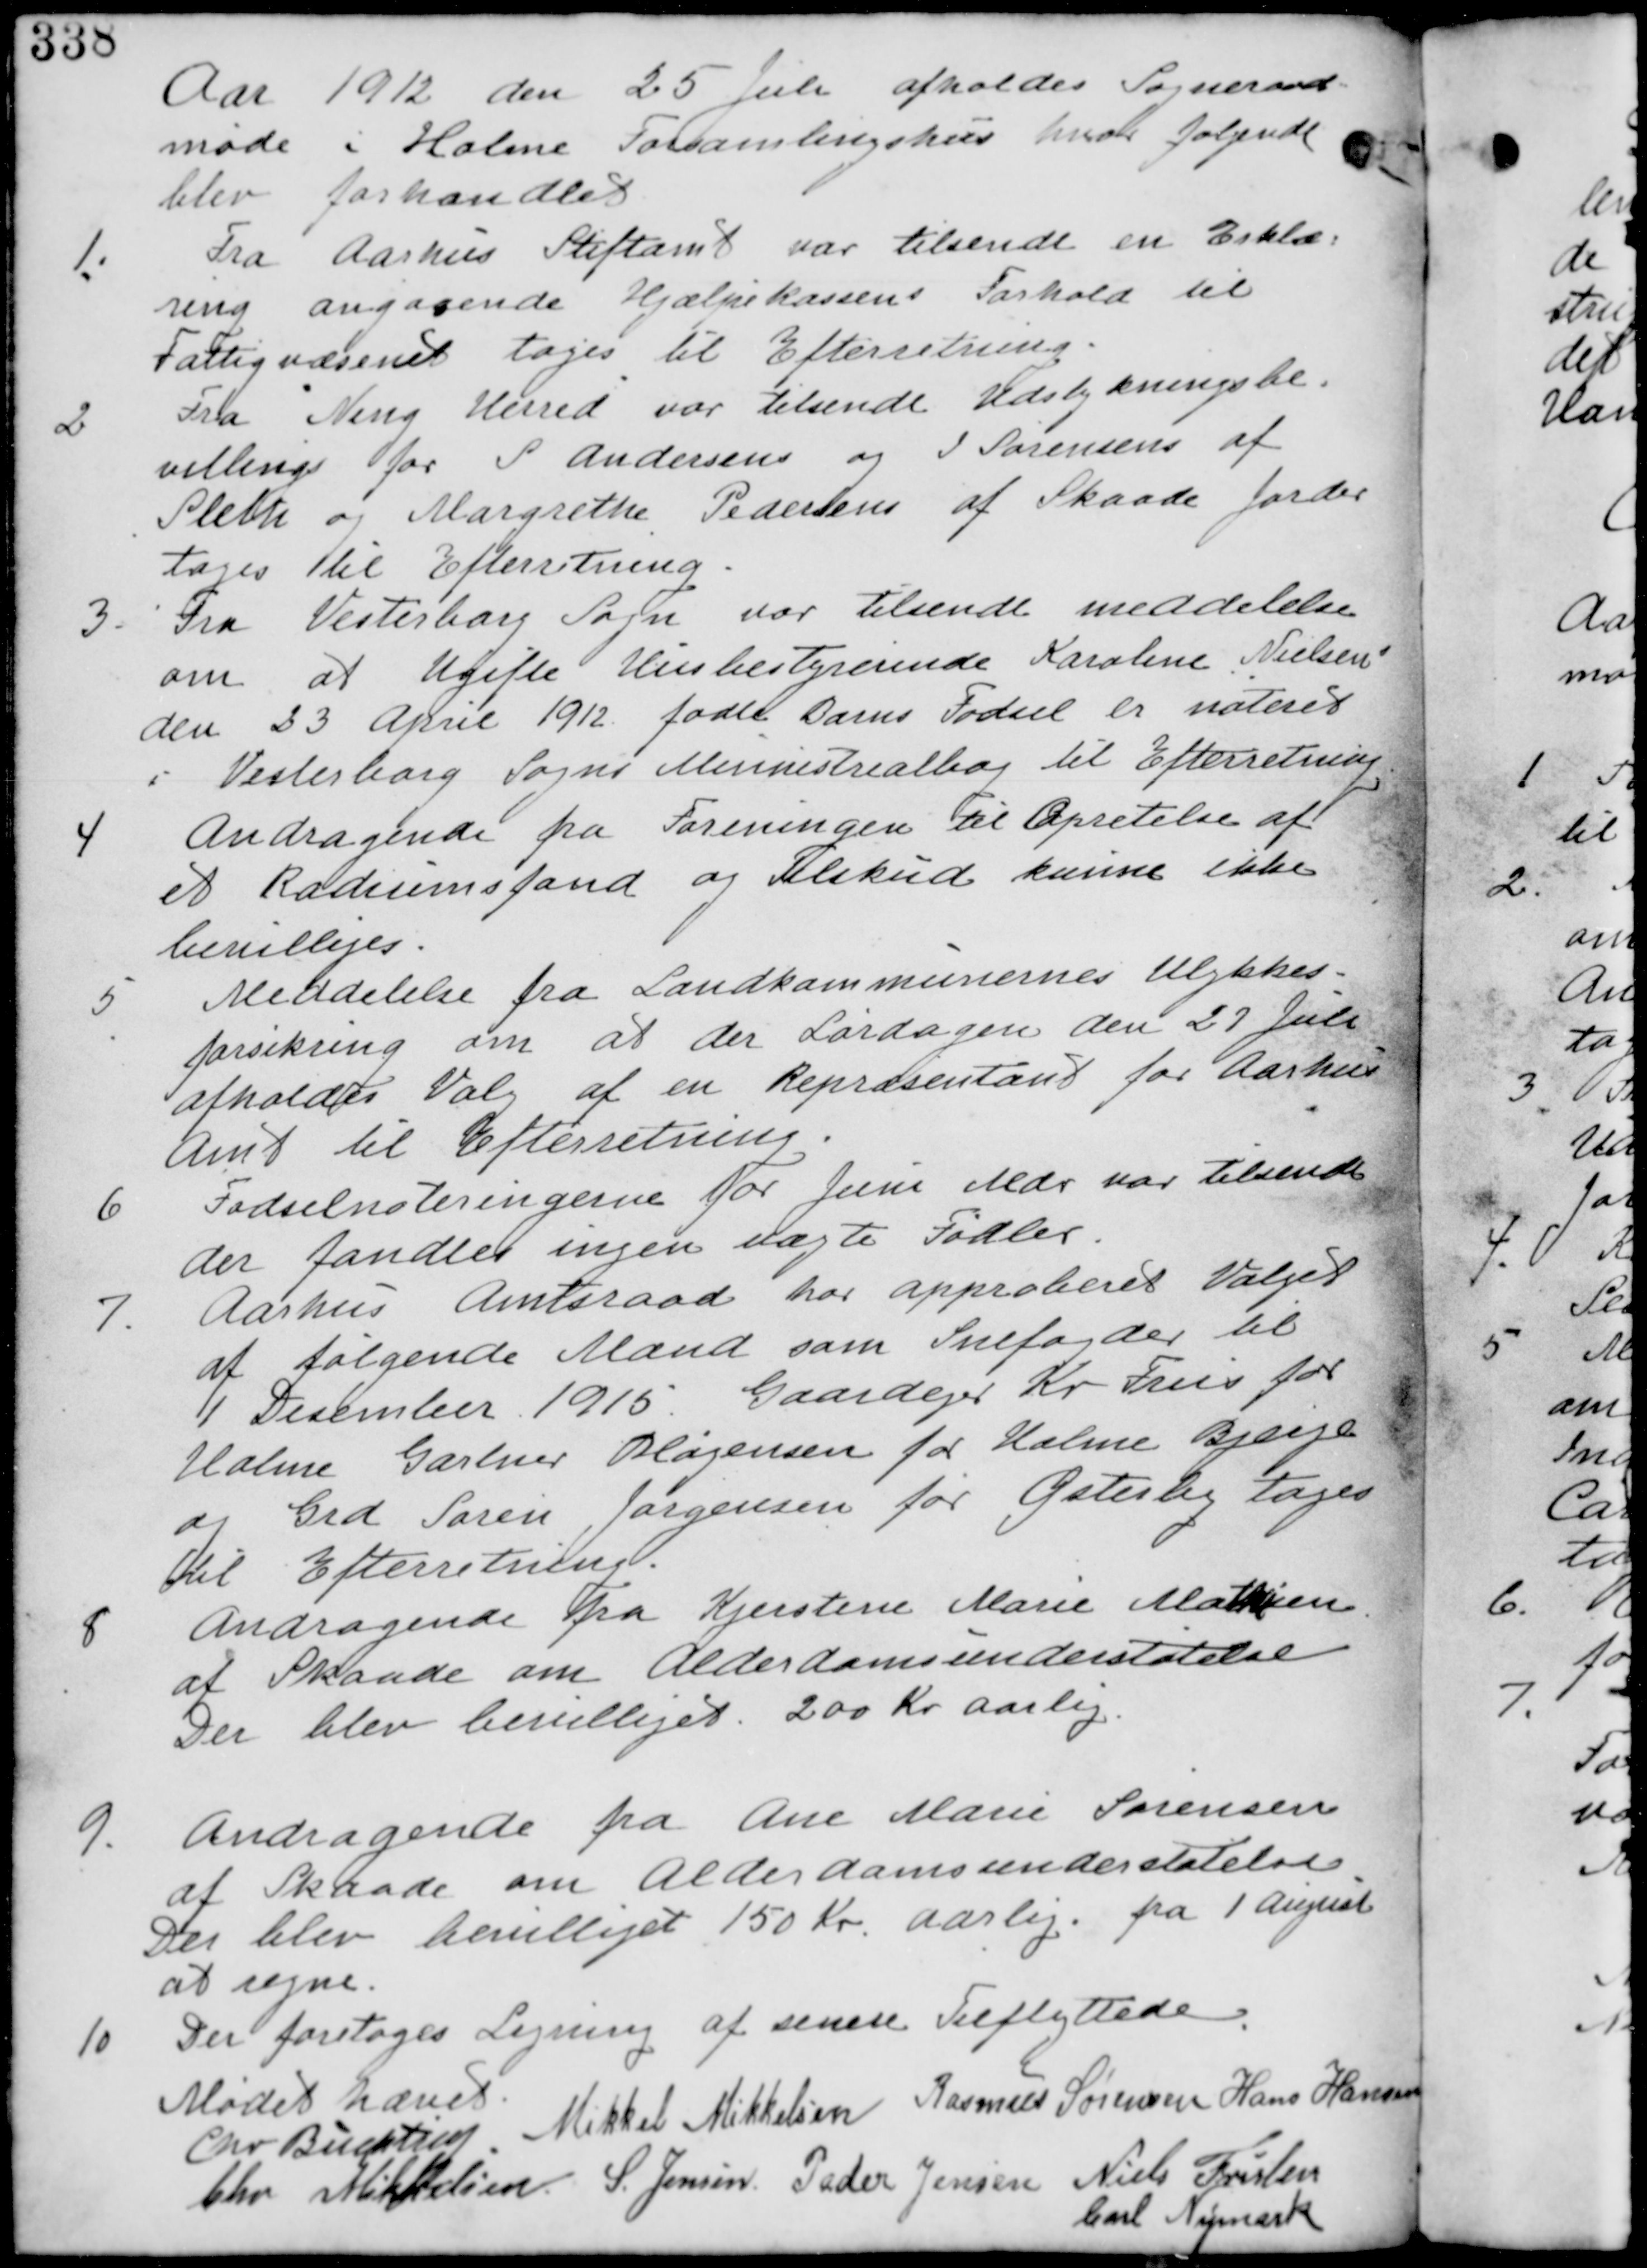
Transskription:
Aar 1912 den 25 Juli afholdes Sogneraads-
møde i Holme Forsamlingshus hvor følgende
blev forhandlet.

1. Fra Aarhus Stiftamt var tilsendt en Erklæ-
ring angaaende Hjælpekassens Forhold til
Fattigvæsenet tages til Efterretning.

2. Fra Ning Herred var tilsendt Udstykningsbe-
villing for P Andersens og J Sørensens af
Sleth og Margrethe Pedersens af Skaade Jorde
tages til Efterretning.

3. Fra Vesterborg Sogn var tilsendt meddelelse
om at Ugifte Husbestyrerinde Karoline Nielsen
den 23 April 1912 fødte Barns Fødsel er noteret
i Vesterborg Sogns Ministerialbog til Efterretning.

4. Andragende fra Foreningen til Oprettelse af
et Radiumsfond og Tilskud kunne ikke
bevilliges.

5. Meddelelse fra Landkommunernes Ulykkes-
forening om at der Lørdagen den 27 Juli
afholdes Valg af en Repræsentant for Aarhus
Amt til Efterretning.

6. Fødselsnoteringerne for Juni Mdr var tilsendt
der fandtes ingen uægte Fødsler.

7. Aarhus Amtsraad har approberet Valget
af følgende Mænd som Snefogder til
1. December 1916. Gaardejer Kr Fries for
Holme Gartner Høgensen for Holme Bjerge
og Grd Søren Jørgensen for Østerby tages
til Efterretning.

8. Andragende fra Kjerstine Marie Mathisen
af Skaade om Alderdomsunderstøttelse
Der blev bevilliget 200 Kr Aarlig.

9. Andragende fra Ane Marie Sørensen
af Skaade om Alderdomsunderstøttelse
Der blev bevilliget 150 Kr aarlig fra 1. August
at regne.

10. Der foretages Ligning af senere Tilflyttere.

Mødet hævet
Chr Buchtrup Mikkel Mikkelsen Rasmus Sørensen Hans Hansen
Chr Mikkelsen S. Jensen Peder Jensen Niels Frislev
Carl Nymark